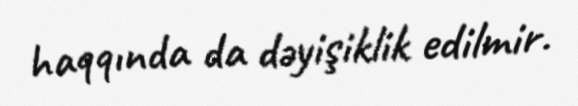
haqqında da dəyişiklik edilmir.